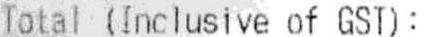
TOTAL (INCLUSIVE OF GST):